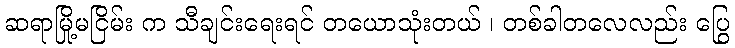
ဆရာမြို့မငြိမ်း က သီချင်းရေးရင် တယောသုံးတယ် ၊ တစ်ခါတလေလည်း ပြွေ